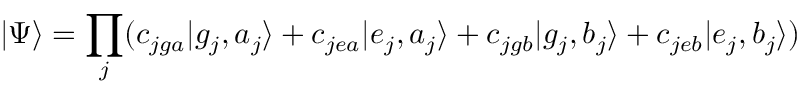
| \Psi \rangle = \prod _ { j } ( c _ { j g a } | g _ { j } , a _ { j } \rangle + c _ { j e a } | e _ { j } , a _ { j } \rangle + c _ { j g b } | g _ { j } , b _ { j } \rangle + c _ { j e b } | e _ { j } , b _ { j } \rangle )